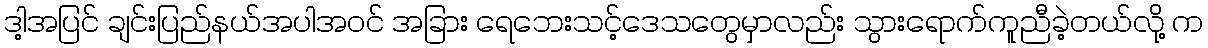
ဒါ့အပြင် ချင်းပြည်နယ်အပါအဝင် အခြား ရေဘေးသင့်ဒေသတွေမှာလည်း သွားရောက်ကူညီခဲ့တယ်လို့ က